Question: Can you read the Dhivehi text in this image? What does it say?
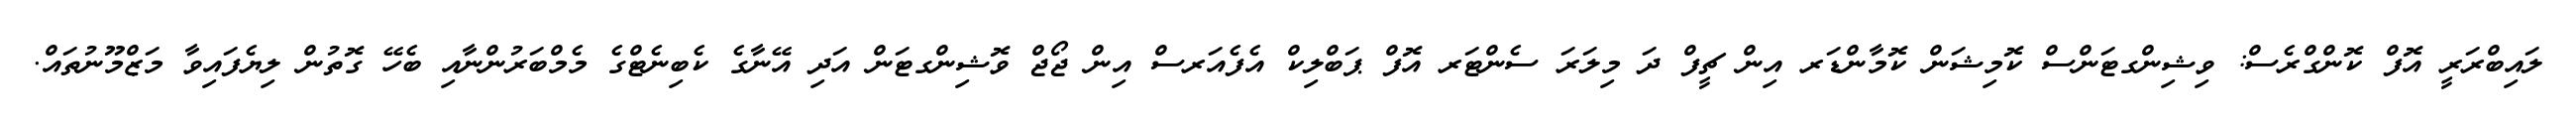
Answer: ލައިބްރަރީ އޮފް ކޮންގްރެސް: ވިޝިންގޓަންސް ކޮމިޝަން ކޮމާންޑަރ އިން ޗީފް ދަ މިލަރަ ސެންޓަރ އޮފް ޕަބްލިކް އެފެއަރސް އިން ޖޯޖް ވޮޝިންގޓަން އަދި އޭނާގެ ކެބިނެޓްގެ މެމްބަރުންނާއި ބެހޭ ގޮތުން ލިޔެފައިވާ މަޒްމޫނުތައް.